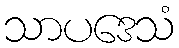
သာပဒေသံ